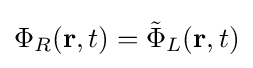
\Phi _{R}(\mathbf {r} ,t)={\tilde {\Phi }}_{L}(\mathbf {r} ,t)